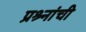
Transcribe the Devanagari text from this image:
प्रश्र्नांची